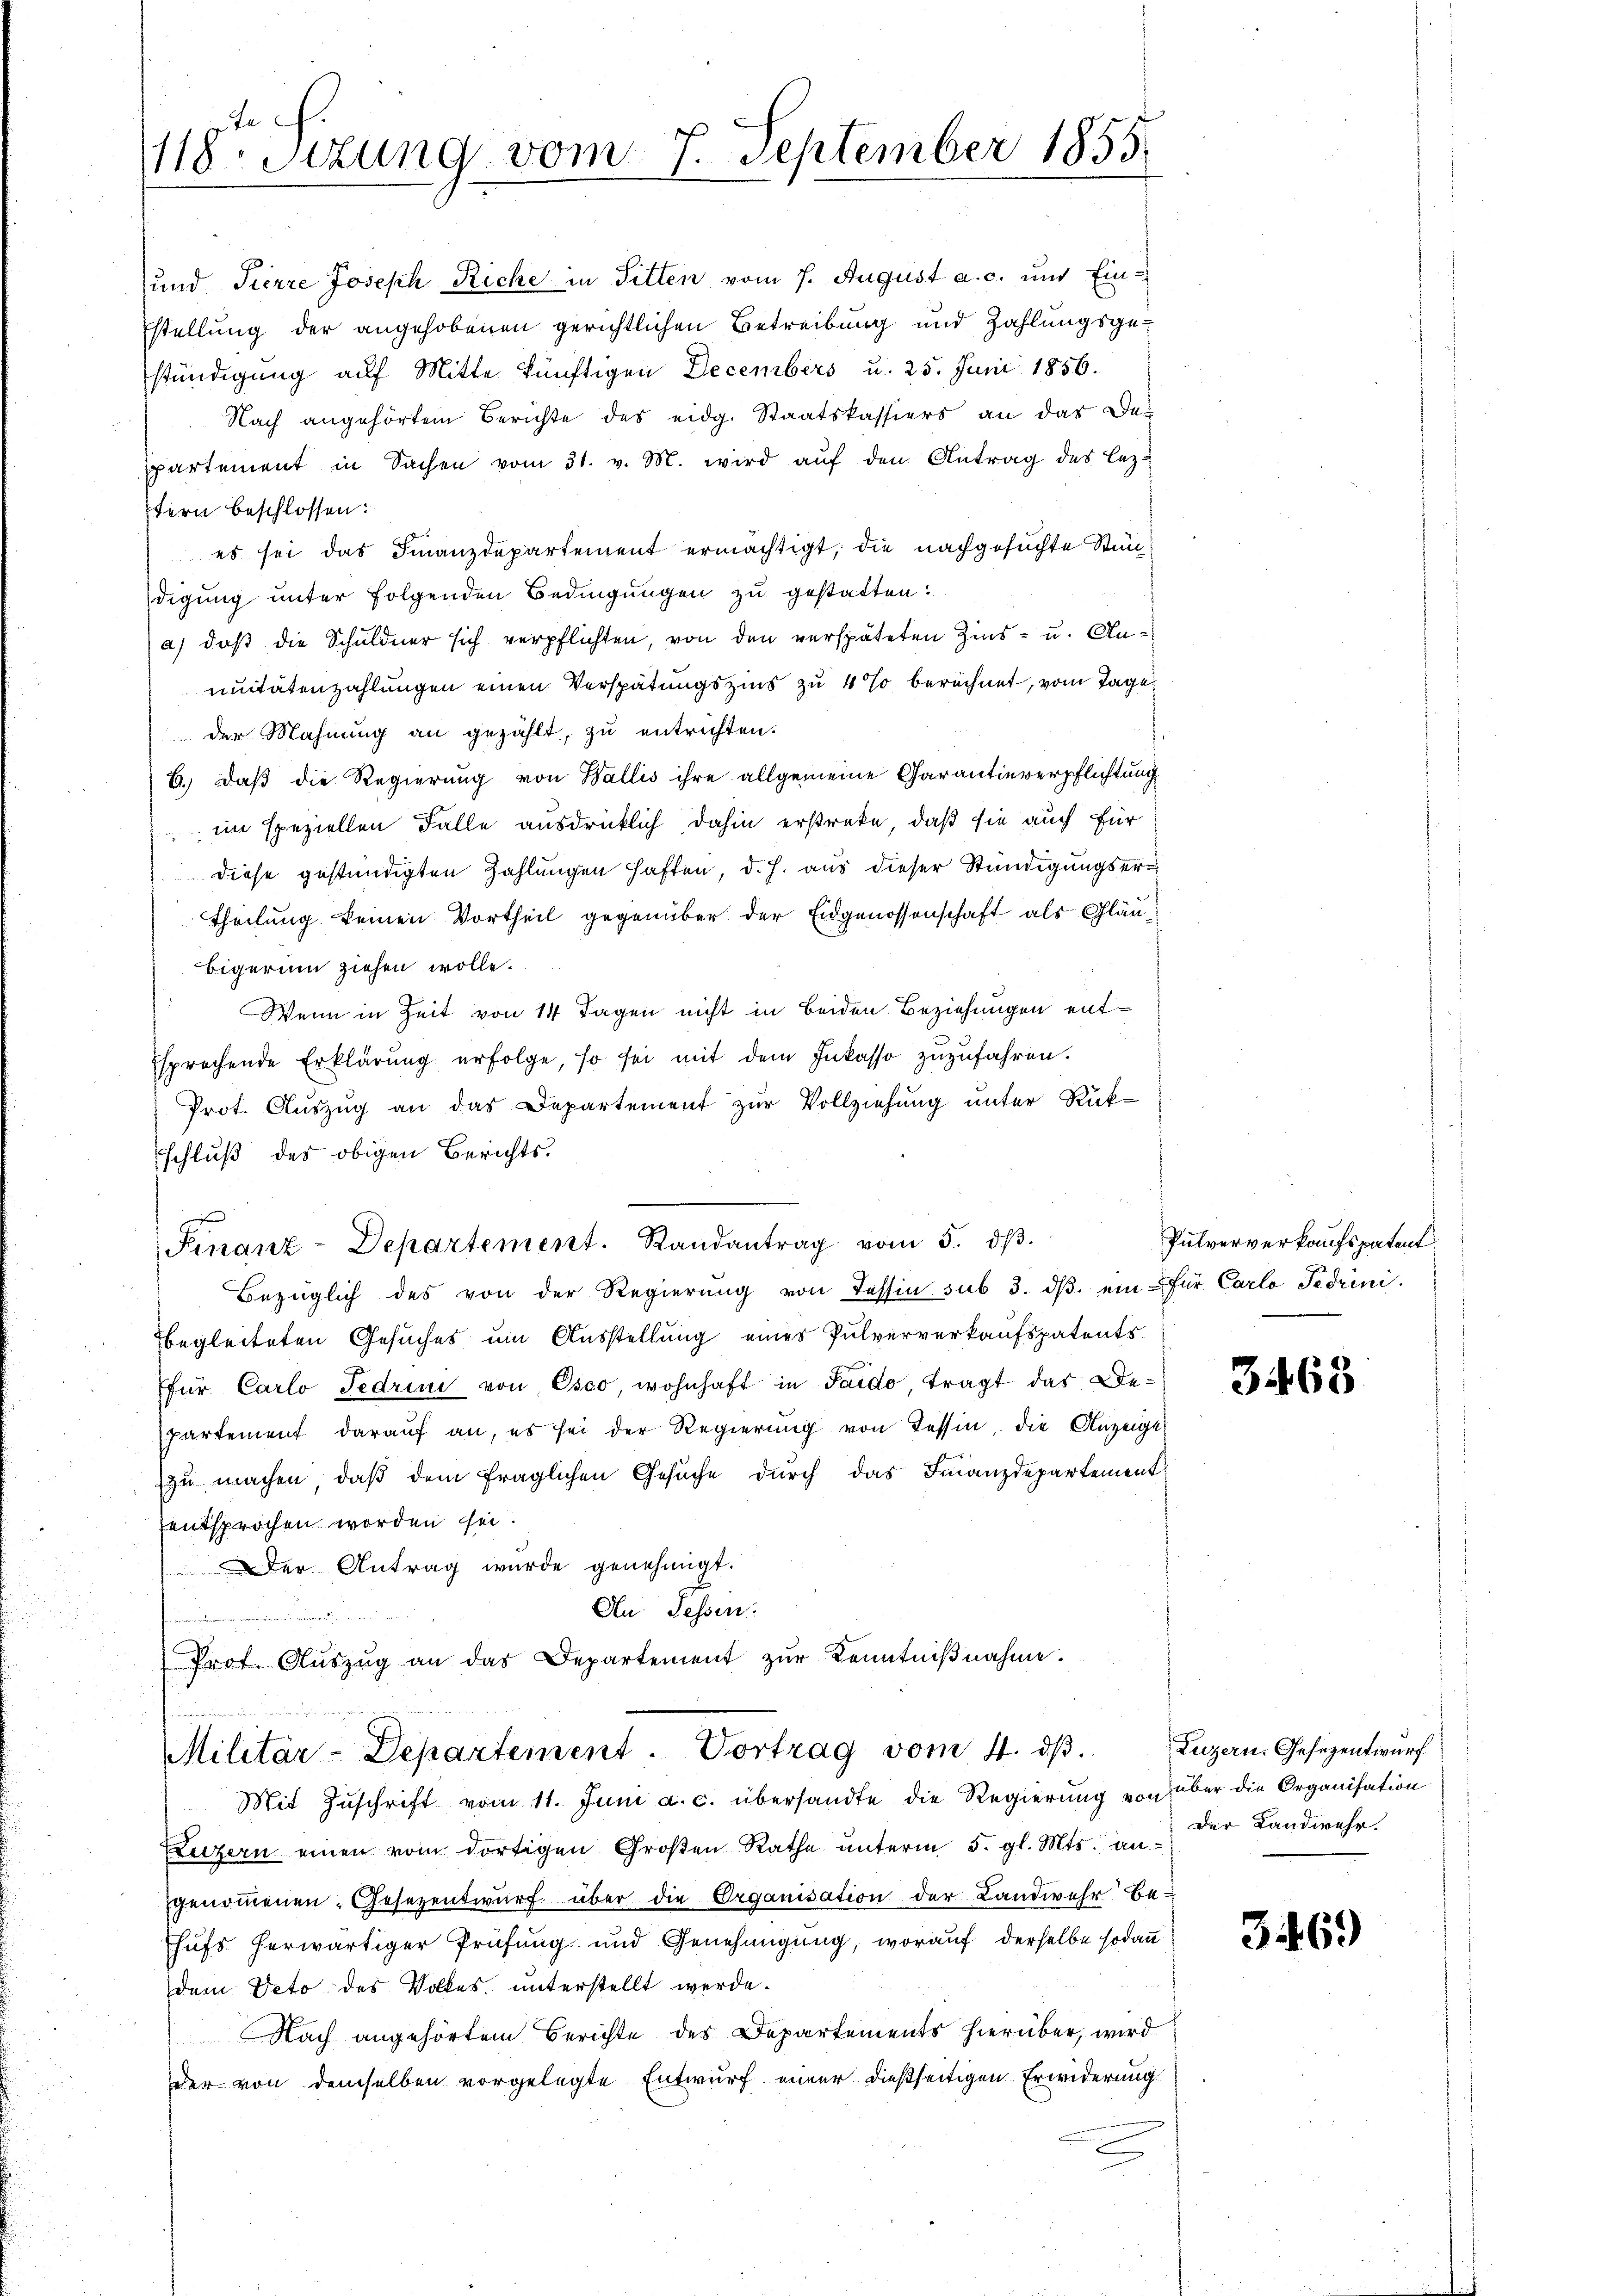
118. Situng vom 7. September 1855.

diese gestündigten Zahlungen haften, d. h. aus dieser Stündigungsertheilung keinen Vortheil gegenüber der Eidgenossenschaft als Gläubigerin ziehen wolle.
Wenn in Zeit von 14 Tagen nicht in beiden Beziehungen ent¬
Esprechende Erklärŭng erfolge, so sei mit dem Inkasso zŭzŭfahren.
Prot. Aŭszŭg an das Departement zur Vollziehung unter Rück-
sschluß des obigen Berichts¬
Finanz-Departement. Randantrag vom 5. dβ.
Bezüglich des von der Regierŭng von Tessin sub 3. dβ ein für Carlo Fedrini
begleiteten Gesuches um Ausstellung eines Pulververkaufspatentsfür Carlo Fedrini von Osco, wohnhaft in Saido, tragt das Departement darauf an, es sei der Regierung von Tessin, die Anzeigt
zu machen, daß dem fraglichen Gesuche durch das Finanzdepartement
entsprochen worden sei.
Der Antrag wurde genehmigt.
An Fessen.
Prot. Aŭszŭg an das Departement zŭr Kenntniβnahme.

und Tierre Joseph Riche in Sitten vom 7. August a. c. und Einstellung der angehobenen gerichtlichen Betreibung und Zahlungsgestündigung auf Mitte künftigen Decembers u. 25. Juni 1856.
Nach angehörtem Berichte des eidg. Staatskassiers an das Despartement in Sachen vom 31. v. M. wird aŭf den Antrag des lezfern beschlossen:
es sei das Finanzdepartement ermächtigt, die nachgesuchte Stun
digung unter folgenden Bedingungen zu gestatten.
a) daß die Schuldner sich verpflichten, von den verspäteten Zins- u. Annuitätenzahlungen einen Verspätungszins zu 4% berechnet, vom Tage
der Mahnung an gezählt, zu entrichten.
b. daß die Regierung von Wallis ihre allgemeine Garantinverpflichtung
im speziellen Falle ausdrücklich dahin erstreke, daß sie auch für

Militär-Departement. Vortrag vom 4. dβ.

Mit Zuschrift vom 11. Juni a. c. übersandte die Regierung von über die Organisation
Luzern einen vom dortigen Großen Rathe ŭnterm 5. gl. Mts. angenommenen Gesezentwurf über die Organisation der Landwehr be-
hufs herwärtiger Prüfung und Genehmigung, worauf derselbe sodann
dem Veto des Volkes, unterstellt werde.
Nach angehörtem Berichte des Departements hierüber, wird
der von demselben vorgelegte Entwurf einer dießseitigen Erwiderung

Pulververkaufspatent

3468

Luzern. Gesezentwurf
Der Landwehr.

369)